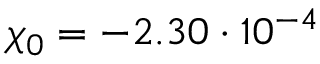
\chi _ { 0 } = - 2 . 3 0 \cdot 1 0 ^ { - 4 }